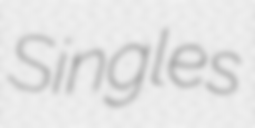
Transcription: Singles